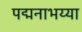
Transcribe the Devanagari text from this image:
पद्मनाभय्या